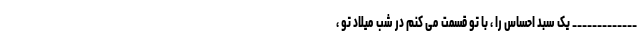
_____________ یک سبد احساس را ، با تو قسمت می کنم در شب میلاد تو ،